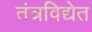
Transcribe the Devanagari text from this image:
तंत्रविद्येत